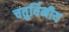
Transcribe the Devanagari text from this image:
चतुर्विमीय